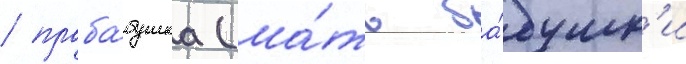
/ праба́бушка (ма́ть ба́бушк'и